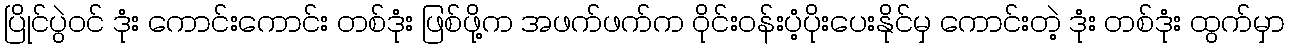
ပြိုင်ပွဲဝင် ဒုံး ကောင်းကောင်း တစ်ဒုံး ဖြစ်ဖို့က အဖက်ဖက်က ဝိုင်းဝန်းပံ့ပိုးပေးနိုင်မှ ကောင်းတဲ့ ဒုံး တစ်ဒုံး ထွက်မှာ